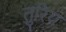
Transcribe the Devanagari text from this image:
तुरिय